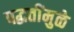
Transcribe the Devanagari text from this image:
पद्धतींमुळे